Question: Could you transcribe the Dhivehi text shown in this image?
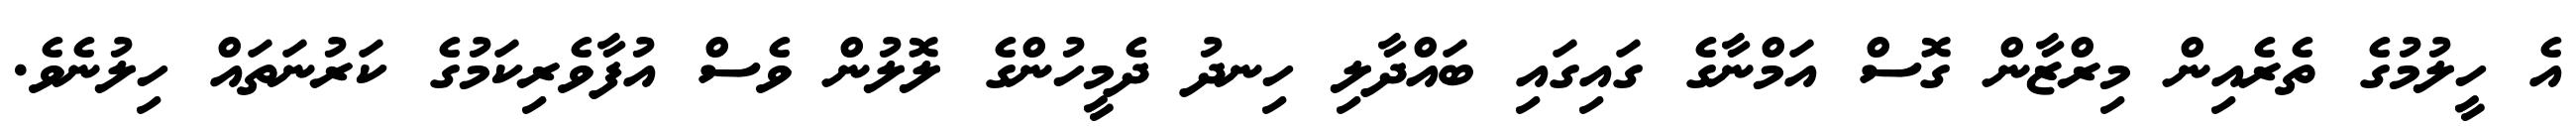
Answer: އެ ހީލުމުގެ ތެރެއިން މިރްޒާން ގޮސް އަމްނާގެ ގައިގައި ބައްދާލި ހިނދު ދެމީހުންގެ ލޮލުން ވެސް އުފާވެރިކަމުގެ ކަރުނަތައް ހިލުނެވެ.